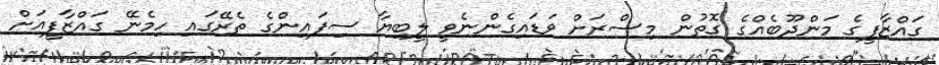
ގައްޒާފީގެ މަންދޫބެއްގެ ގޮތުން މިސްރަށް ވަޑައިގެންނެވީ ލީބިޔާ ސިފައިންގެ ތެރޭގައި ހިމެނޭ ގައްޒާފީއަށް